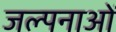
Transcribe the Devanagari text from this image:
जल्पनाओं